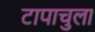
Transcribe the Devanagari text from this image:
टापाचुला